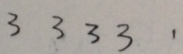
3 3 3 3 \cdot